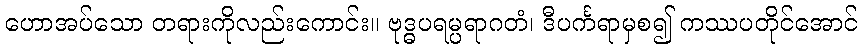
ဟောအပ်သော တရားကိုလည်းကောင်း။ ဗုဒ္ဓပရမ္ပရာဂတံ၊ ဒီပင်္ကရာမှစ၍ ကဿပတိုင်အောင်